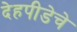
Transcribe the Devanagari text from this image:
देहपीडेचे